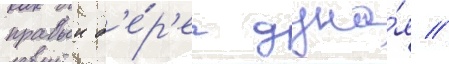
правыи б'е́р'ег дуна́я //